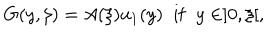
G ( y , \xi ) = A ( \xi ) u _ { 1 } ( y ) \; \; \mathrm { i f } \; \; y \in ] 0 , \xi [ ,